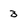
Character: 3